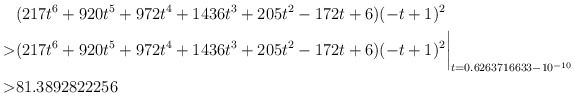
\begin{align*} & (217t^6+920t^5+972t^4+1436t^3+205t^2-172t+6)(-t+1)^2\\ > & (217t^6+920t^5+972t^4+1436t^3+205t^2-172t+6)(-t+1)^2\biggr\rvert_{t=0.6263716633 - 10^{-10}}\\ > & 81.3892822256\end{align*}